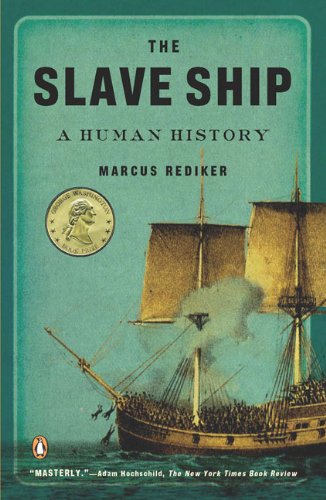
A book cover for The Slave Ship: A Human History; Marcus Rediker; Engineering & Transportation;